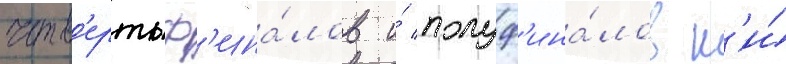
четв'ертьф'ина́лов и́ полуф'ина́лов н'и́